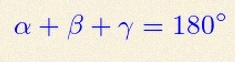
\alpha+\beta+\gamma=180^\circ